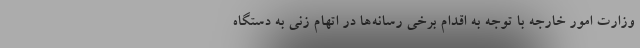
وزارت امور خارجه با توجه به اقدام برخی رسانه‌ها در اتهام زنی به دستگاه